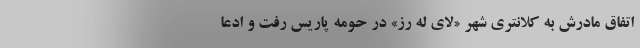
اتفاق مادرش به کلانتری شهر «لای‌ له ‌رُز» در حومه پاریس رفت و ادعا